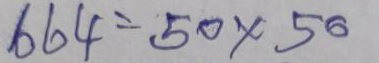
664 = 50 x 56